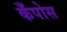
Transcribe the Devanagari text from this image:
कँपोस